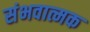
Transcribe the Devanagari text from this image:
संभवात्मक